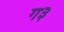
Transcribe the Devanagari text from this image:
ग३